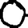
Digit: 0